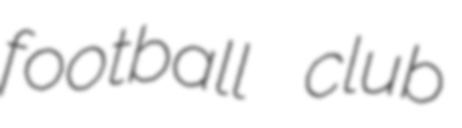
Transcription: football club